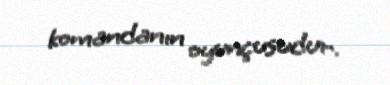
komandanın oyunçusudur.